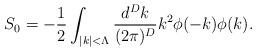
LaTeX: \begin{align*}S_0=-\frac{1}{2}\int_{|k|<\Lambda}\frac{d^Dk}{(2\pi)^D}k^2\phi(-k)\phi(k).\end{align*}